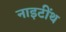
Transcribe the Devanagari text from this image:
नाइटींथ